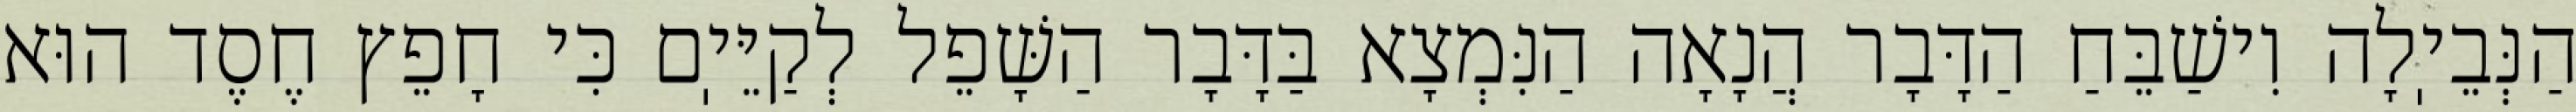
הַנְּבֵיֽלָה וִישַׁבֵּחַ הַדָּבָר הֲנָאָה הַנִּמְצָא בַּדָּבָר הַשָּׁפֵל לְקַיֵּיֽם כִּי חָפֵץ חֶסֶד הוּא